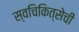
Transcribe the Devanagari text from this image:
स्वचिकित्सेची